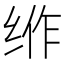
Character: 𱺠